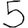
Digit: 5